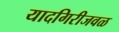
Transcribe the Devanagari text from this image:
यादगिरीजवळ